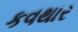
કવથાર